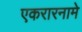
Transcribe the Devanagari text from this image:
एकरारनामे